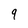
Character: 9